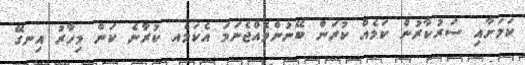
ކަމަށާއި ސަރުކާރުން ކަމެއް ކުރަން ބޭނުންވެއްޖެނަމަ އެކަމެއ ކުރާނެ ކަން މިހާރު އިނގޭ